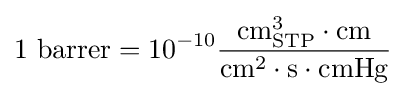
{\rm {{1}\ barrer={10^{-10}}{\frac {cm_{STP}^{3}\cdot cm}{cm^{2}\cdot s\cdot cmHg}}}}